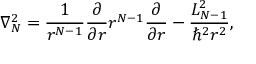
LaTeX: \nabla _ { N } ^ { 2 } = \frac { 1 } { r ^ { N - 1 } } \frac { \partial } { \partial r } r ^ { N - 1 } \frac { \partial } { \partial r } - \frac { L _ { N - 1 } ^ { 2 } } { \hbar ^ { 2 } r ^ { 2 } } ,